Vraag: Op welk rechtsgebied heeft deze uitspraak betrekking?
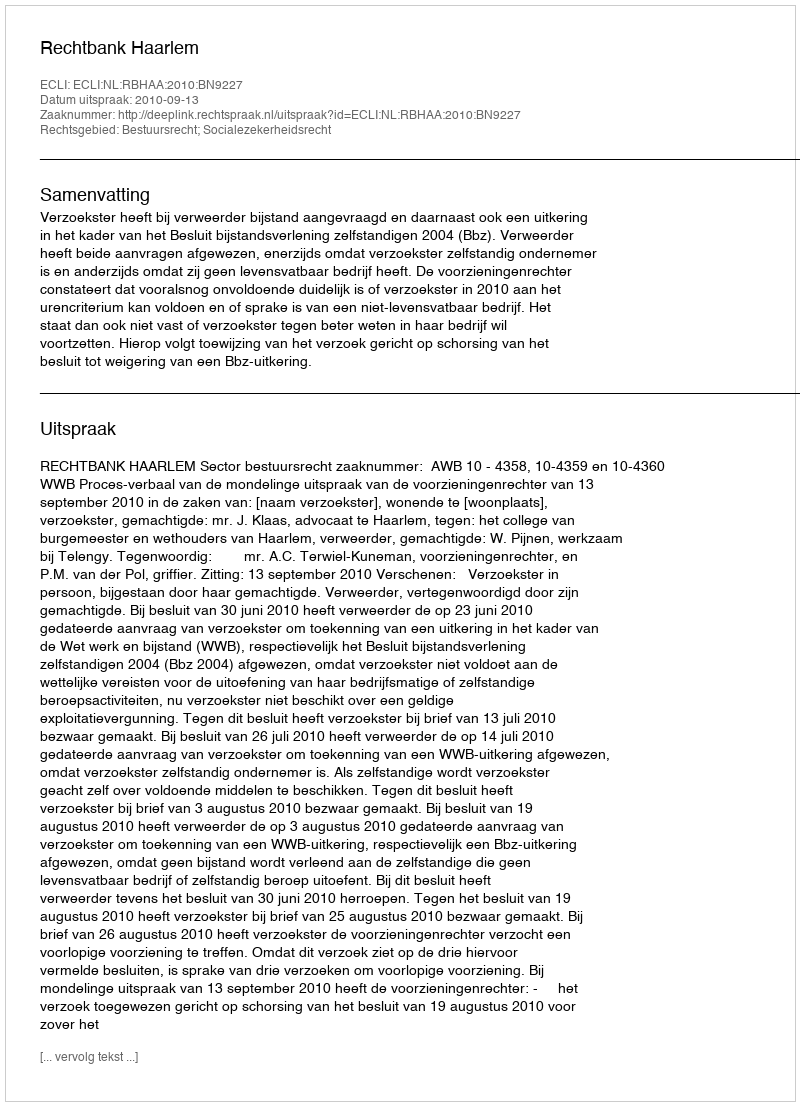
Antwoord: Bestuursrecht; Socialezekerheidsrecht